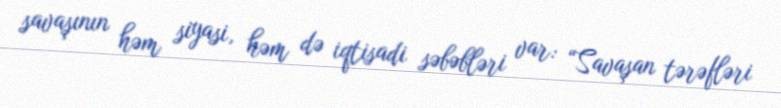
savaşının həm siyasi, həm də iqtisadi səbəbləri var: “Savaşan tərəfləri